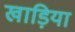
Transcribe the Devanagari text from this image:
खाड़िया